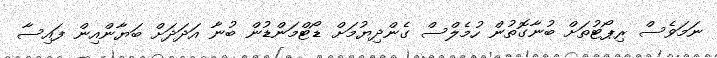
ނަމަވެސް ރިޕޯޓުތަށް ބުނާގޮތުން ހުމެލްސް ގެންދިޔުމަށް ޑޯޓްމަންޑުން ބުނާ އަދަދަށް ބަޔާންއިން ފައިސާ